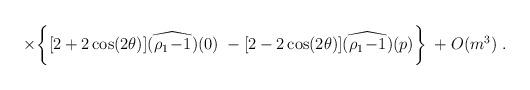
LaTeX: \begin{align*}\times \bigg\{[ 2 + 2 \cos(2\theta)] \widehat{(\rho_1\!-\!1)}(0) \; -[ 2 - 2 \cos(2\theta)] \widehat{(\rho_1\!-\!1)}(p) \bigg\} \; + O(m^3) \; .\end{align*}